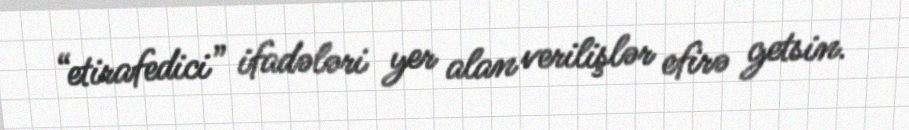
“etirafedici” ifadələri yer alan verilişlər efirə getsin.